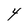
Character: 4